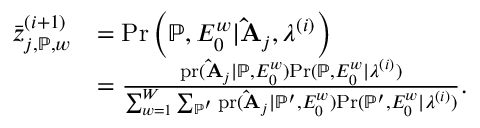
\begin{array} { r l } { \bar { z } _ { j , \mathbb { P } , w } ^ { ( i + 1 ) } } & { = \mathrm { P r } \left( \mathbb { P } , E _ { 0 } ^ { w } | \mathbf { \hat { A } } _ { j } , \boldsymbol { \lambda } ^ { ( i ) } \right) } \\ & { = \frac { \mathrm { p r } ( \mathbf { \hat { A } } _ { j } | \mathbb { P } , E _ { 0 } ^ { w } ) \mathrm { P r } ( \mathbb { P } , E _ { 0 } ^ { w } | \boldsymbol { \lambda } ^ { ( i ) } ) } { \sum _ { w = 1 } ^ { W } \sum _ { \mathbb { P } ^ { \prime } } \mathrm { p r } ( \mathbf { \hat { A } } _ { j } | \mathbb { P } ^ { \prime } , E _ { 0 } ^ { w } ) \mathrm { P r } ( \mathbb { P } ^ { \prime } , E _ { 0 } ^ { w } | \boldsymbol { \lambda } ^ { ( i ) } ) } . } \end{array}